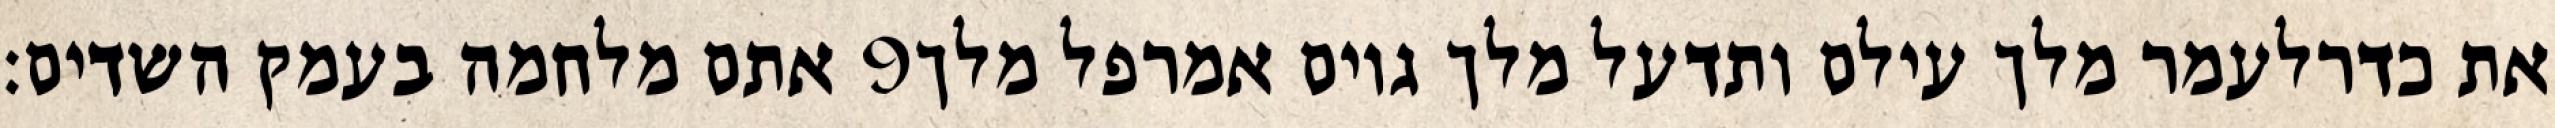
אתם מלחמה בעמק השדים׃ ‎9‏ את כדרלעמר מלך עילם ותדעל מלך גוים אמרפל מלך